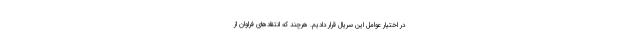
در اختیار عوامل این سریال قرار دادیم. هرچند که انتقادهای فراوان از